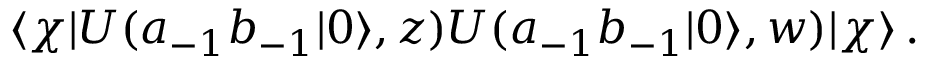
\langle \chi | U ( a _ { - 1 } b _ { - 1 } | 0 \rangle , z ) U ( a _ { - 1 } b _ { - 1 } | 0 \rangle , w ) | \chi \rangle \, .